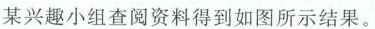
某兴趣小组查阅资料得到如图所示结果。